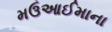
મઉઆઈમાના